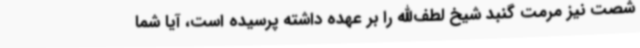
شصت نیز مرمت گنبد شیخ لطف‌الله را بر عهده داشته پرسیده است، آیا شما